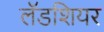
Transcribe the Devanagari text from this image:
लॅडशियर